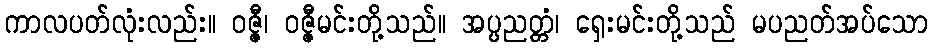
ကာလပတ်လုံးလည်း။ ဝဇ္ဇီ၊ ဝဇ္ဇီမင်းတို့သည်။ အပ္ပညတ္တံ၊ ရှေးမင်းတို့သည် မပညတ်အပ်သော